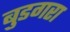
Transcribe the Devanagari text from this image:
बुडगरा